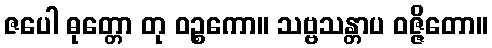
ဇပေါ ဓုတ္တော တု ဝဉ္စကော။ သဗ္ဗသန္တာပ ဝဇ္ဇိတော။